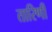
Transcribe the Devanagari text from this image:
तारिणीं